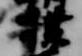
撲